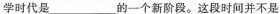
学时代是___的一个新阶段。这段时间并不是